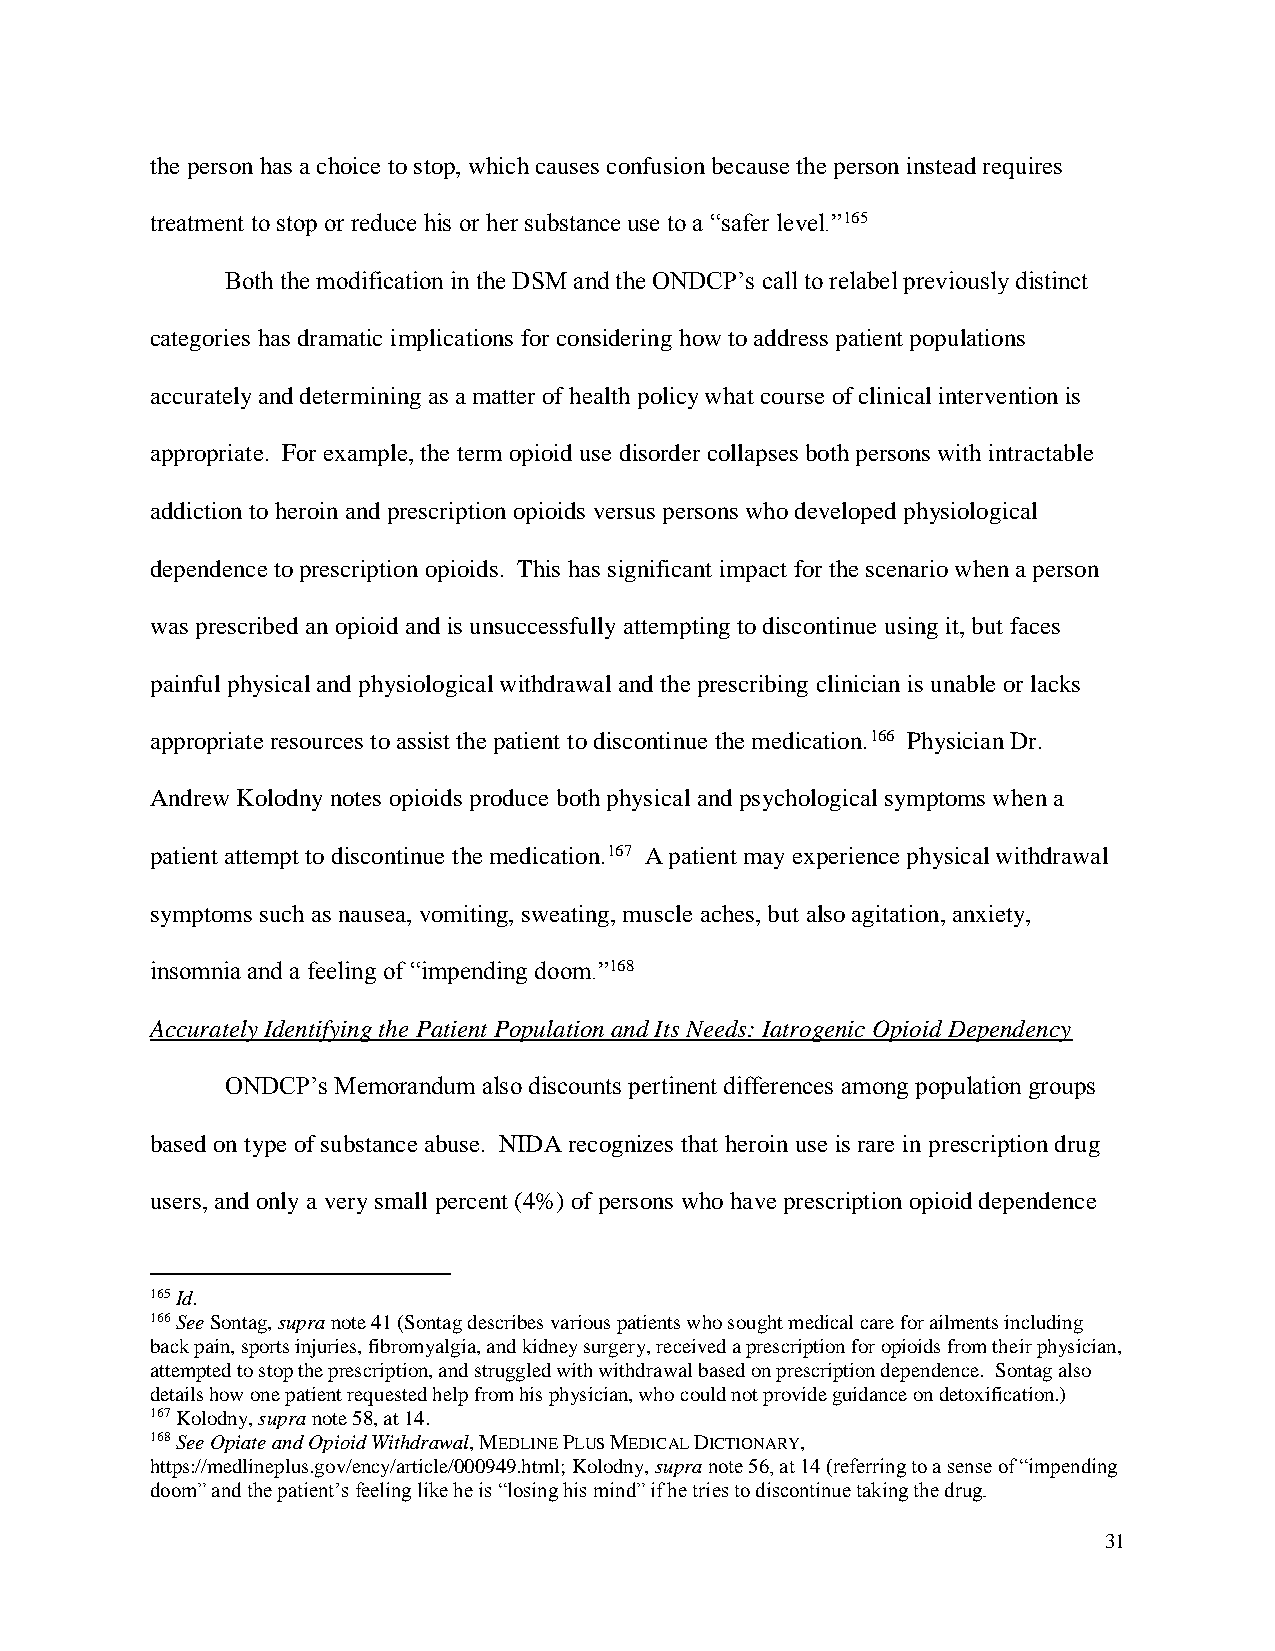
the person has a choice to stop, which causes confusion because the person instead requires
 treatment to stop or reduce his or her substance use to a “safer level.”165
 Both the modification in the DSM and the ONDCP’s call to relabel previously distinct
 categories has dramatic implications for considering how to address patient populations
 accurately and determining as a matter of health policy what course of clinical intervention is
 appropriate. For example, the term opioid use disorder collapses both persons with intractable
 addiction to heroin and prescription opioids versus persons who developed physiological
 dependence to prescription opioids. This has significant impact for the scenario when a person
 was prescribed an opioid and is unsuccessfully attempting to discontinue using it, but faces
 painful physical and physiological withdrawal and the prescribing clinician is unable or lacks
 appropriate resources to assist the patient to discontinue the medication.166 Physician Dr.
 Andrew Kolodny notes opioids produce both physical and psychological symptoms when a
 patient attempt to discontinue the medication.167 A patient may experience physical withdrawal
 symptoms such as nausea, vomiting, sweating, muscle aches, but also agitation, anxiety,
 insomnia and a feeling of “impending doom.”168
 Accurately Identifying the Patient Population and Its Needs: Iatrogenic Opioid Dependency
 ONDCP’s Memorandum also discounts pertinent differences among population groups
 based on type of substance abuse. NIDA recognizes that heroin use is rare in prescription drug
 users, and only a very small percent (4%) of persons who have prescription opioid dependence
 165 Id.
 166 See Sontag, supra note 41 (Sontag describes various patients who sought medical care for ailments including
 back pain, sports injuries, fibromyalgia, and kidney surgery, received a prescription for opioids from their physician,
 attempted to stop the prescription, and struggled with withdrawal based on prescription dependence. Sontag also
 details how one patient requested help from his physician, who could not provide guidance on detoxification.)
 167 Kolodny, supra note 58, at 14.
 168 See Opiate and Opioid Withdrawal, MEDLINE PLUS MEDICAL DICTIONARY,
 https://medlineplus.gov/ency/article/000949.html; Kolodny, supra note 56, at 14 (referring to a sense of “impending
 doom” and the patient’s feeling like he is “losing his mind” if he tries to discontinue taking the drug.
 31